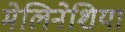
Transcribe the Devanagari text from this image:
मेलिनेशिया